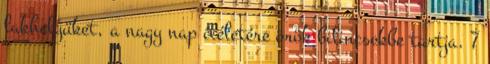
lakhelyüket, a nagy nap ítéletére örök bilincsekbe tartja. 7